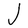
Character: J